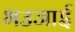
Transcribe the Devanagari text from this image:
भउजाई